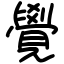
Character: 覺